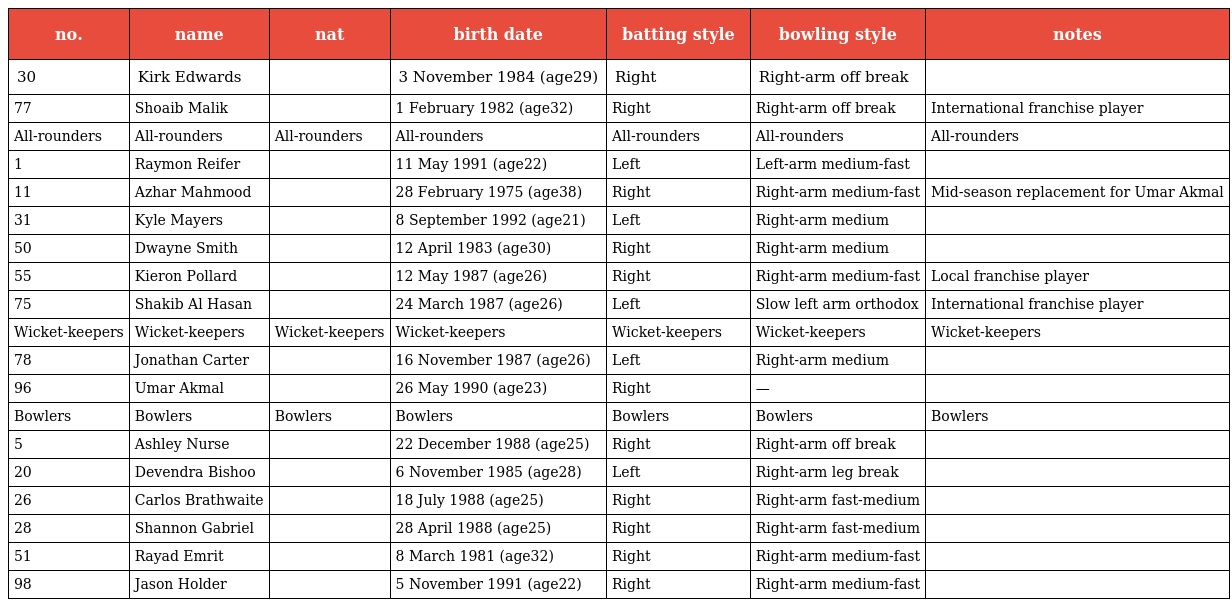
| no. | name | nat | birth date | batting style | bowling style | notes |
 | --- | --- | --- | --- | --- | --- | --- |
 | 30 | Kirk Edwards |  | 3 November 1984 (age29) | Right | Right-arm off break |  |
 | 77 | Shoaib Malik |  | 1 February 1982 (age32) | Right | Right-arm off break | International franchise player |
 | All-rounders | All-rounders | All-rounders | All-rounders | All-rounders | All-rounders | All-rounders |
 | 1 | Raymon Reifer |  | 11 May 1991 (age22) | Left | Left-arm medium-fast |  |
 | 11 | Azhar Mahmood |  | 28 February 1975 (age38) | Right | Right-arm medium-fast | Mid-season replacement for Umar Akmal |
 | 31 | Kyle Mayers |  | 8 September 1992 (age21) | Left | Right-arm medium |  |
 | 50 | Dwayne Smith |  | 12 April 1983 (age30) | Right | Right-arm medium |  |
 | 55 | Kieron Pollard |  | 12 May 1987 (age26) | Right | Right-arm medium-fast | Local franchise player |
 | 75 | Shakib Al Hasan |  | 24 March 1987 (age26) | Left | Slow left arm orthodox | International franchise player |
 | Wicket-keepers | Wicket-keepers | Wicket-keepers | Wicket-keepers | Wicket-keepers | Wicket-keepers | Wicket-keepers |
 | 78 | Jonathan Carter |  | 16 November 1987 (age26) | Left | Right-arm medium |  |
 | 96 | Umar Akmal |  | 26 May 1990 (age23) | Right | — |  |
 | Bowlers | Bowlers | Bowlers | Bowlers | Bowlers | Bowlers | Bowlers |
 | 5 | Ashley Nurse |  | 22 December 1988 (age25) | Right | Right-arm off break |  |
 | 20 | Devendra Bishoo |  | 6 November 1985 (age28) | Left | Right-arm leg break |  |
 | 26 | Carlos Brathwaite |  | 18 July 1988 (age25) | Right | Right-arm fast-medium |  |
 | 28 | Shannon Gabriel |  | 28 April 1988 (age25) | Right | Right-arm fast-medium |  |
 | 51 | Rayad Emrit |  | 8 March 1981 (age32) | Right | Right-arm medium-fast |  |
 | 98 | Jason Holder |  | 5 November 1991 (age22) | Right | Right-arm medium-fast |  |